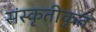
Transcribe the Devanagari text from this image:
संस्कृतीकृत